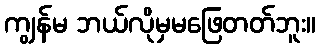
ကျွန်မ ဘယ်လိုမှမဖြေတတ်ဘူး။